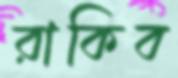
রাকিব